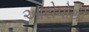
આરોપોથી